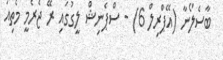
ބާސެލޯނާ (އޭޕްރިލް 6) - ސްޕެނިޝް ލީގުގައި ރޭ ޖެރެމީ މެތިއު